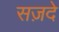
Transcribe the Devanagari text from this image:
सज़दे